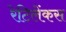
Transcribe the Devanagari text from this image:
रेटिलेंकस